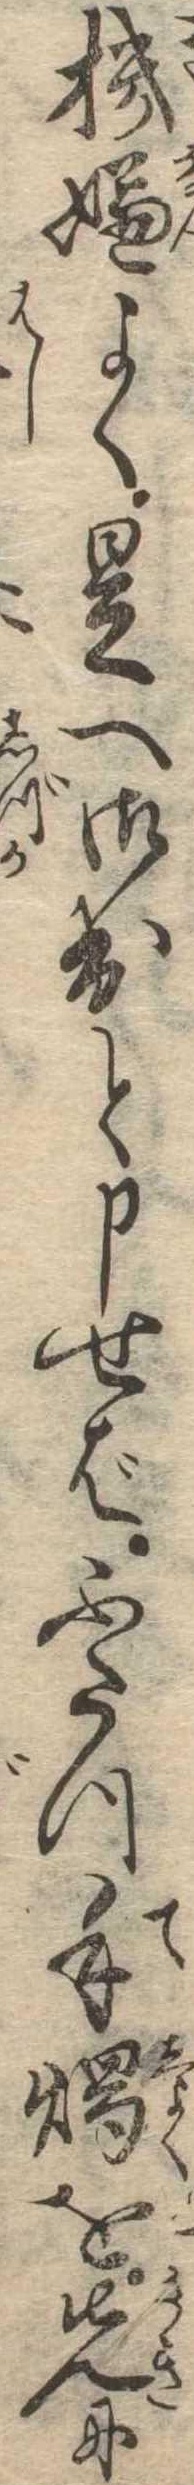
機嫌よく是へ御出と申せばふたつ手燭を先に